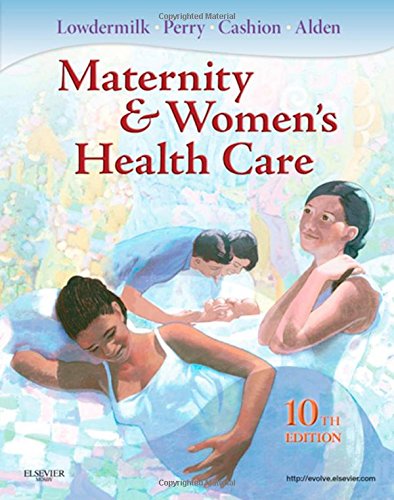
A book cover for Maternity and Women's Health Care, 10e; Kathryn Rhodes Alden EdD  MSN  RN  IBCLC; Medical Books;